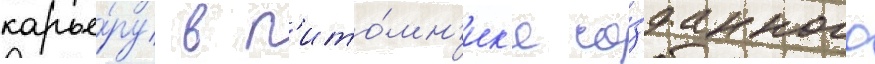
карье́ру в п'ито́мн'ик'е со́зданного